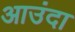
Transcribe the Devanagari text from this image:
आउंदा